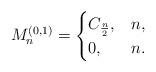
LaTeX: \begin{align*}M_{n}^{(0,1)}=\begin{cases} C_{\frac n2},&n,\\0,&n.\end{cases}\end{align*}